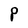
Character: P